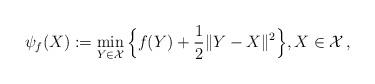
LaTeX: \begin{align*}\psi_{f}(X):=\min_{Y\in{\cal X}}\Big\{ f(Y)+\frac{1}{2}\|Y-X\|^{2}\Big\},X\in{\cal X}\,,\end{align*}